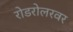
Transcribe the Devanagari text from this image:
रोडरोलरवर